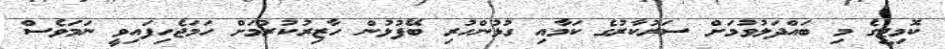
ކޮމިޓީގެ މި ބައްދަލުވުމަށް ސަރުކާރުގެ ކަމާއި ގުޅުންހުރި ބޭފުޅުން ހާޒިރުކުރުމަށް ހަމަޖެހިފައިވީ ނަަަމަވެސް